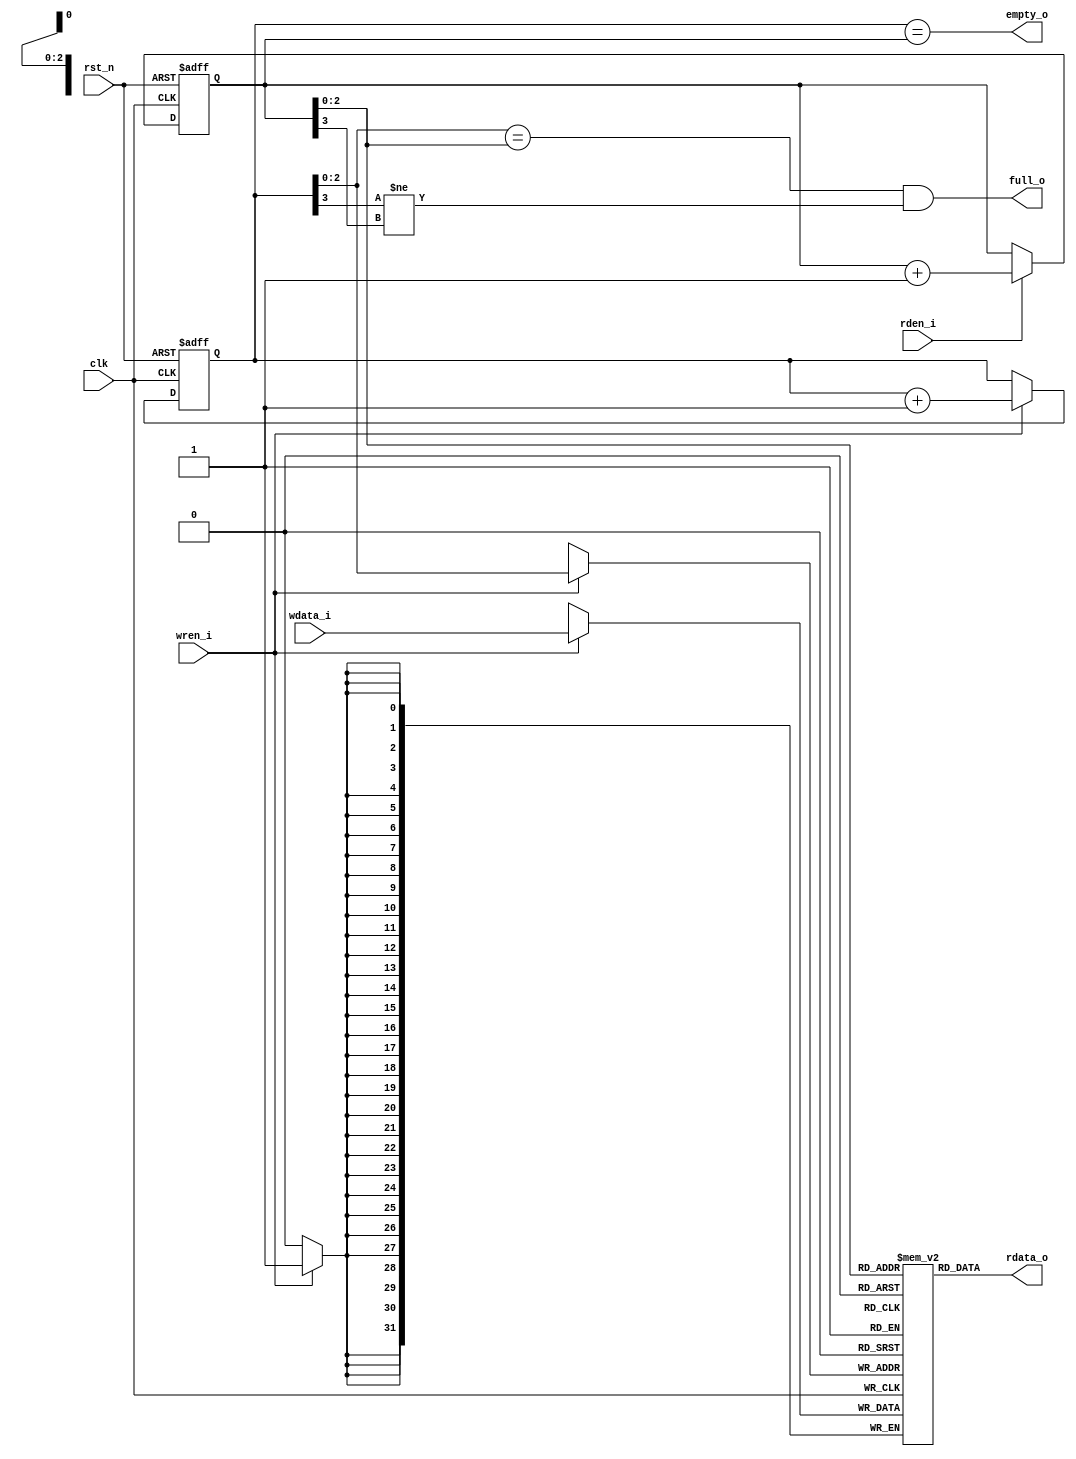
module FIFO #(
    // Parameter
    parameter DATA_WIDTH = 32,  // data bit width
    parameter FIFO_DEPTH = 8    // fifo entry num
    )
    (   
    // Port
    input clk,          // clock signal
    input rst_n,        // negedge pointer reset signal(don't need to reset data in fifo)
    input wren_i,       // write enable signal
    input rden_i,       // read denable signal
    
    output full_o,      // check fifo is full, if full the signal is high
    output empty_o,     // chcek fifo is empty, if empty the signal is high
    
    input   [DATA_WIDTH-1:0] wdata_i,   // write data
    output  [DATA_WIDTH-1:0] rdata_o    // read data
    );
    
    // Localparam
    localparam FIFO_DEPTH_LG2 = $clog2(FIFO_DEPTH);     // making param log2 of entry size
                                                        // ex) depth is 8 -> log(8) = 3

    // Pointers
    reg [FIFO_DEPTH_LG2:0] wrptr, wrptr_n;  // one extra bit for full checking
    reg [FIFO_DEPTH_LG2:0] rdptr, rdptr_n;  // one extra bit for full checking
    
    // Sequential logic
    always @(posedge clk, negedge rst_n) begin
        if (!rst_n) begin
            wrptr   <= {(FIFO_DEPTH_LG2+1){1'b0}};      // reset with zero
            rdptr   <= {(FIFO_DEPTH_LG2+1){1'b0}};      // reset with zero
        end else begin
            wrptr   <= wrptr_n;                         // next state porting
            rdptr   <= rdptr_n;                         // next state porting
        end
    end
    
    // Combination logic for pointer modify
    always @(*) begin
        // write pointer modfiy
        if (wren_i) begin
            wrptr_n = wrptr + 'd1;                      // update wrptr add 1 after write activation
        end else begin
            wrptr_n = wrptr;                            // maintain
        end
        // read pointer modify
        if (rden_i) begin
            rdptr_n = rdptr + 'd1;                      // update rdptr add1 after read activation
        end else begin
            rdptr_n = rdptr;                            // maintain
        end
    end
    
    // FIFO Storage
    reg [DATA_WIDTH-1:0] mem [FIFO_DEPTH-1:0];          // consist with 32bit 8 entry
                                                        // it will be modify when using real architecture
    // Write Activation
    always @(posedge clk) begin
        if (wren_i) begin
            mem[wrptr[FIFO_DEPTH_LG2-1:0]] <= wdata_i;      // write activation access memory by write pointer
        end                                                 // wrptr not use full index(not use msb), overflow -> target first fifo
    end
    
    // Read activation ouput assignment
    assign rdata_o  = mem[rdptr[FIFO_DEPTH_LG2-1:0]];       // read actiavation access memory by read pointer
    
    // Empty Check
    assign empty_o  = (wrptr == rdptr);
    assign full_o   = (wrptr[FIFO_DEPTH_LG2-1:0] == rdptr[FIFO_DEPTH_LG2-1:0])      // full checking checking under addr is equal
                        & (wrptr[FIFO_DEPTH_LG2] != rdptr[FIFO_DEPTH_LG2]);         // checking msb for full(msb is equal -> empty, otherwise full)

endmodule